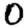
Digit: 0